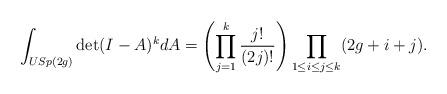
LaTeX: \begin{align*} \int_{USp(2g)} \det(I-A)^k dA = \left(\prod_{j=1}^k \frac{j!}{(2j)!}\right) \prod_{1\leq i\leq j\leq k} (2g+i+j).\end{align*}